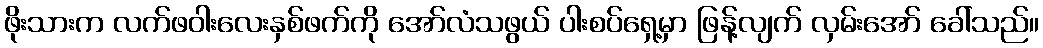
ဖိုးသားက လက်ဖဝါးလေးနှစ်ဖက်ကို အော်လံသဖွယ် ပါးစပ်ရှေ့မှာ ဖြန့်လျက် လှမ်းအော် ခေါ်သည်။